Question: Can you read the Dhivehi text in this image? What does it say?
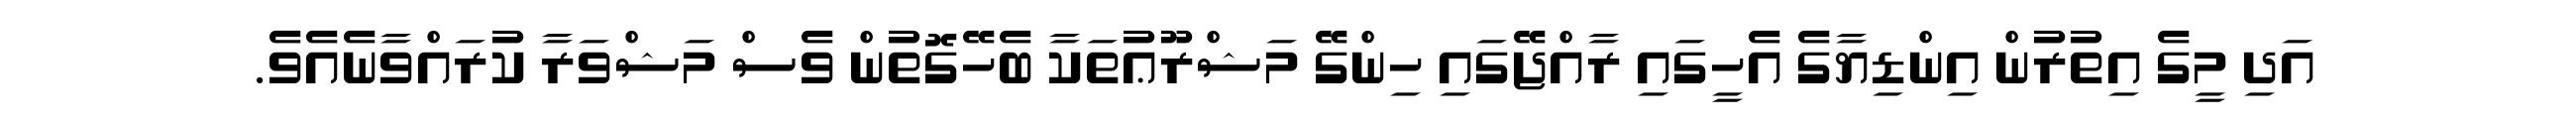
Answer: އަދި މީގެ އިތުރުން އިންޑިޔާގެ އެހީގައި ރާއްޖޭގައި ހިންގޭ މަޝްރޫޢުތަކާ ބެހޭގޮތުން ވެސް މަޝްވަރާ ކުރައްވާނެއެވެ.